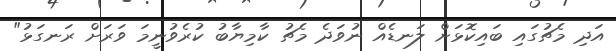
އަދި މެޗުގައި ބައިކޮޅަށް ލަނޑެއް ނުވަދެ މެޗު ކާމިޔާބު ކުރެވުނީމަ ވަރަށް ރަނގަޅު"